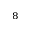
^ 8